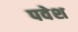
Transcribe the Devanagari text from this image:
पवेश